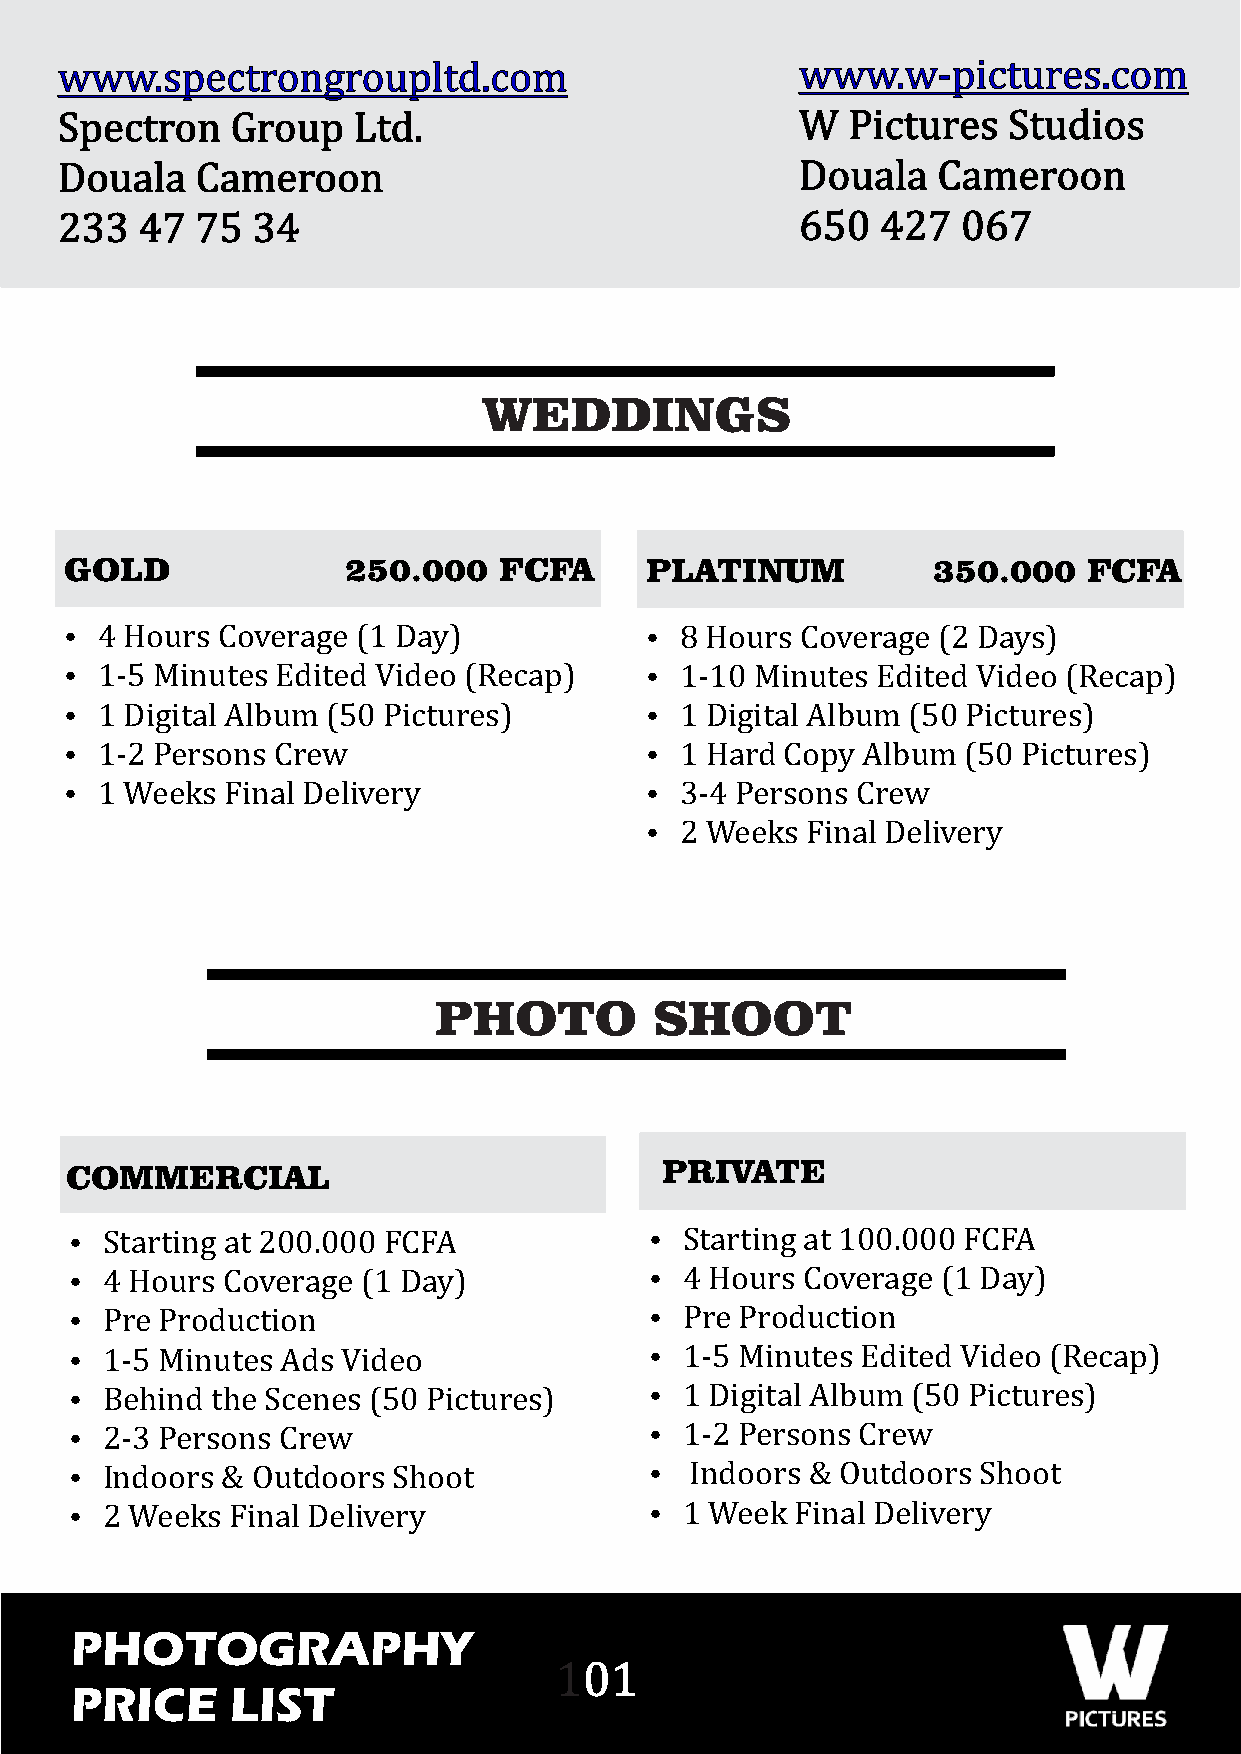
www.spectrongroupltd.com                         www.w-pictures.com
 Spectron   Group   Ltd.                          W  Pictures   Studios
 Douala   Cameroon                                Douala   Cameroon
 233  47  75  34                                  650  427   067
 WEDDINGS
 GOLD               250.000   FCFA      PLATINUM           350.000   FCFA
 Ÿ 4 Hours Coverage  (1 Day)            Ÿ 8 Hours Coverage (2 Days)
 Ÿ 1-5 Minutes Edited Video (Recap)     Ÿ 1-10 Minutes Edited Video (Recap)
 Ÿ 1 Digital Album (50 Pictures)        Ÿ 1 Digital Album (50 Pictures)
 Ÿ 1-2 Persons Crew                     Ÿ 1 Hard Copy Album  (50 Pictures)
 Ÿ 1 Weeks  Final Delivery              Ÿ 3-4 Persons Crew
 Ÿ 2 Weeks Final Delivery
 PHOTO         SHOOT
 PRIVATE
 COMMERCIAL
 Ÿ Starting at 200.000 FCFA            Ÿ Starting at 100.000 FCFA
 Ÿ 4 Hours Coverage (1 Day)            Ÿ 4 Hours Coverage (1 Day)
 Ÿ Pre Production                      Ÿ Pre Production
 Ÿ 1-5 Minutes Ads Video               Ÿ 1-5 Minutes Edited Video (Recap)
 Ÿ Behind the Scenes (50 Pictures)     Ÿ 1 Digital Album (50 Pictures)
 Ÿ 2-3 Persons Crew                    Ÿ 1-2 Persons Crew
 Ÿ Indoors & Outdoors Shoot            Ÿ  Indoors & Outdoors Shoot
 Ÿ 2 Weeks Final Delivery              Ÿ 1 Week  Final Delivery
 PHOTOGRAPHY
 101
 PRICE     LIST